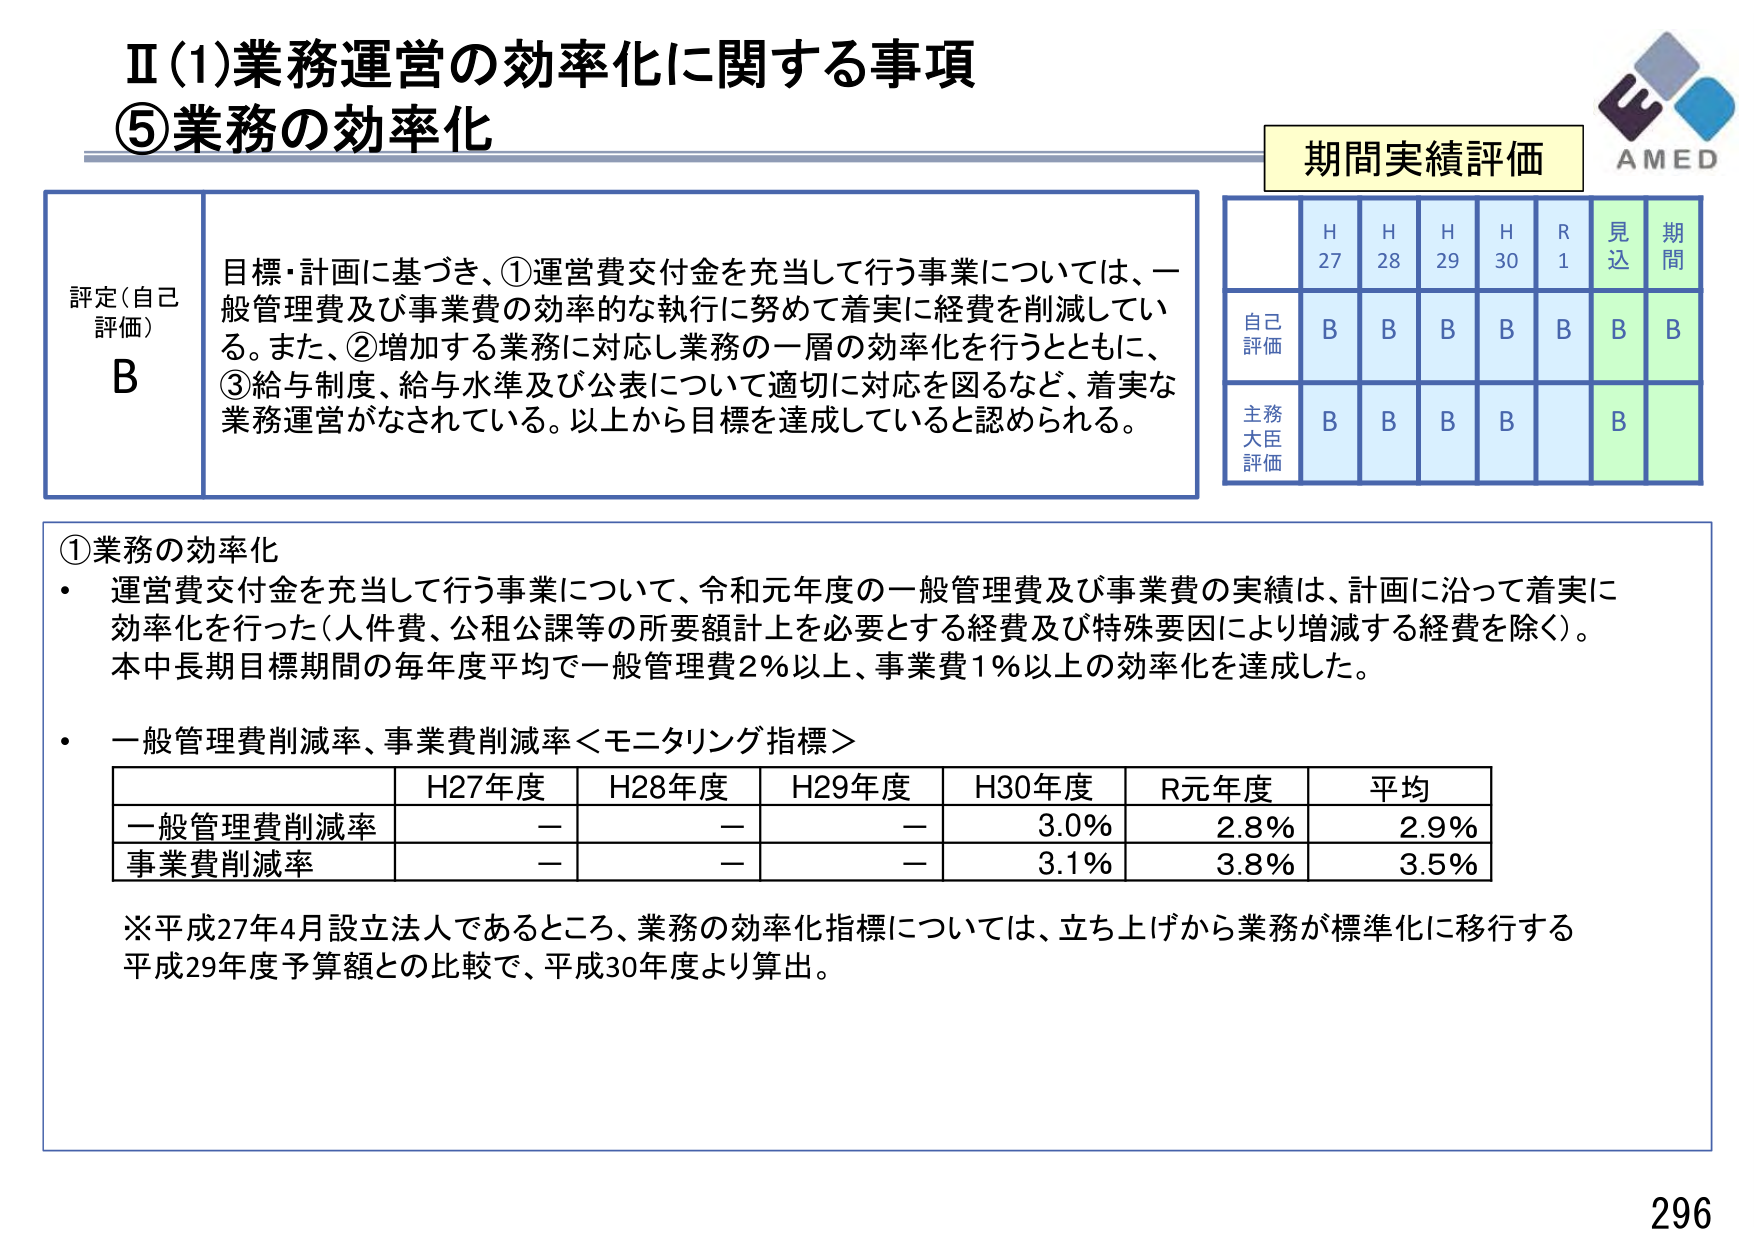
Ⅱ(1)業務運営の効率化に関する事項
⑤業務の効率化

評定(自己評価)
B

目標・計画に基づき、①運営費交付金を充当して行う事業については、一般管理費及び事業費の効率的な執行に努めて着実に経費を削減している。また、②増加する業務に対応し業務の一層の効率化を行うとともに、③給与制度、給与水準及び公表について適切に対応を図るなど、着実な業務運営がなされている。以上から目標を達成していると認められる。

期間実績評価
H27 H28 H29 H30 R1 見込 期間
自己評価 B B B B B B B
主務大臣評価 B B B B B

①業務の効率化
・運営費交付金を充当して行う事業について、令和元年度の一般管理費及び事業費の実績は、計画に沿って着実に効率化を行った（人件費、公租公課等の所要額計上を必要とする経費及び特殊要因により増減する経費を除く）。本中長期目標期間の毎年度平均で一般管理費2％以上、事業費1％以上の効率化を達成した。
・一般管理費削減率、事業費削減率＜モニタリング指標＞

H27年度 H28年度 H29年度 H30年度 R元年度 平均
一般管理費削減率 － － － 3.0％ 2.8％ 2.9％
事業費削減率 － － － 3.1％ 3.8％ 3.5％

※平成27年4月設立法人であるところ、業務の効率化指標については、立ち上げから業務が標準化に移行する平成29年度予算額との比較で、平成30年度より算出。

AMED
296